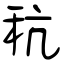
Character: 秔